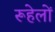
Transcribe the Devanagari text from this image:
रूहेलों